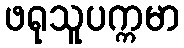
ဖရုသူပက္ကမာ